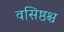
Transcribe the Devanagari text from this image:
वसिष्ठश्च